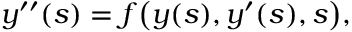
y ^ { \prime \prime } ( s ) = f { \big ( } y ( s ) , y ^ { \prime } ( s ) , s { \big ) } ,